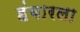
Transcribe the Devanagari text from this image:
हंबारला